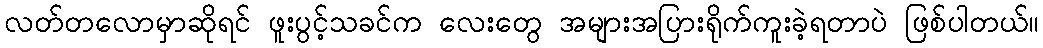
လတ်တလောမှာဆိုရင် ဖူးပွင့်သခင်က လေးတွေ အများအပြားရိုက်ကူးခဲ့ရတာပဲ ဖြစ်ပါတယ်။